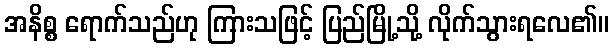
အနိစ္စ ရောက်သည်ဟု ကြားသဖြင့် ပြည်မြို့သို့ လိုက်သွားရလေ၏။